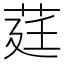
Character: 莛